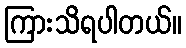
ကြားသိရပါတယ်။